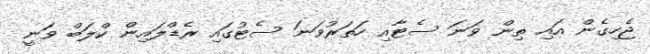
ޖެހިގެން އައި ތިން ވަނަ ސެޓާއި ހަތަރުވަނަ ސެޓުގައި ރެޑްލައިން ކްލަބް ވަނީ